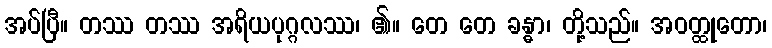
အပ်ပြီ။ တဿ တဿ အရိယပုဂ္ဂလဿ၊ ၏။ တေ တေ ခန္ဓာ၊ တို့သည်။ အဝတ္ထုတော၊